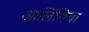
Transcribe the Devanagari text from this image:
आलिंगिया